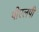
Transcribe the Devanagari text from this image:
पीएलपी